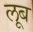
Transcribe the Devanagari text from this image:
लूब